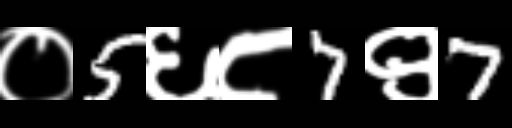
Text: ०5६८7९7